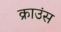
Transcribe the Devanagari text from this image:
क्राउंस